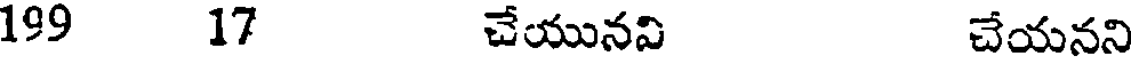
199 17 చేయునవి చేయనని